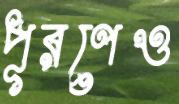
পূরণেও